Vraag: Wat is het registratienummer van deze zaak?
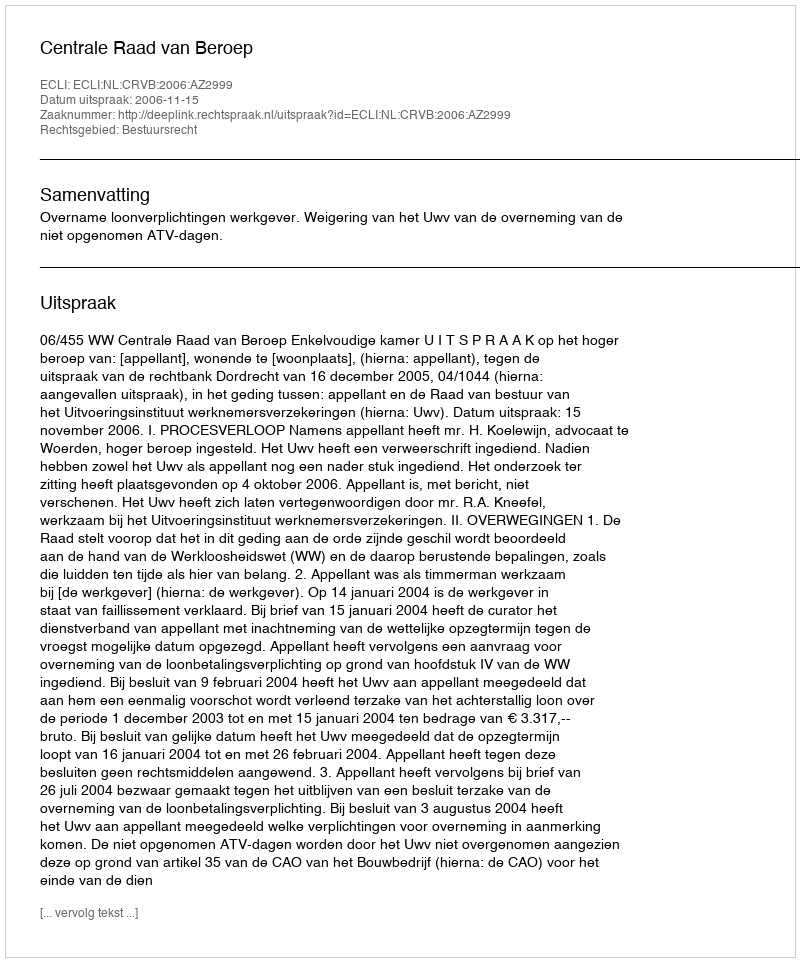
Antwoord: http://deeplink.rechtspraak.nl/uitspraak?id=ECLI:NL:CRVB:2006:AZ2999